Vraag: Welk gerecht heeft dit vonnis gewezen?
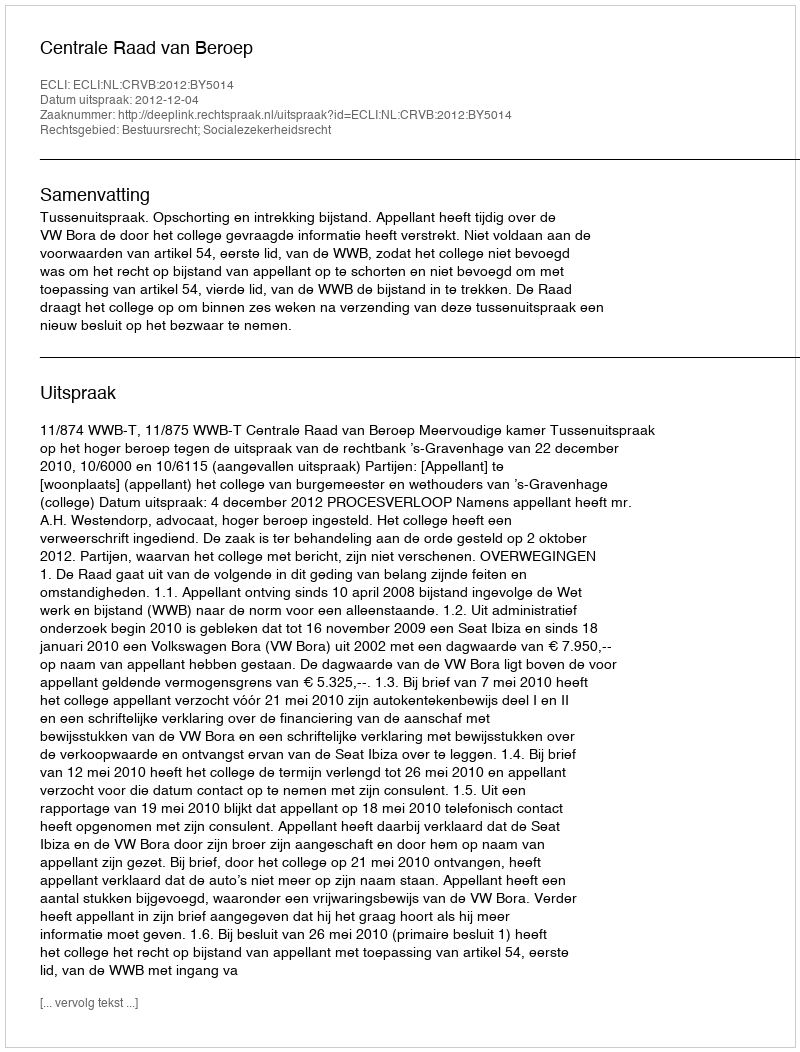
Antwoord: Centrale Raad van Beroep